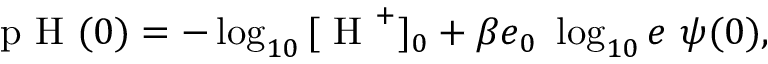
\begin{array} { r } { \textrm { p H } ( 0 ) = - \log _ { 1 0 } { [ \textrm { H } ^ { + } ] _ { 0 } } + \beta e _ { 0 } ~ \log _ { 1 0 } { e } ~ \psi ( 0 ) , } \end{array}